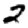
Digit: 2